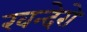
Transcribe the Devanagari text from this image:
खन्देरो